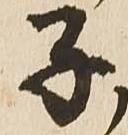
子